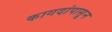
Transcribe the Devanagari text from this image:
कागदांपासून